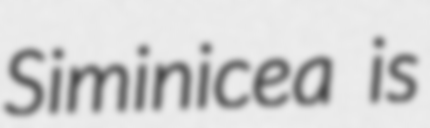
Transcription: Siminicea is